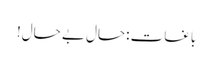
باغات :حال بے حال!